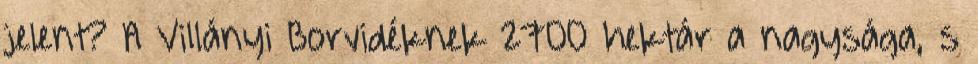
jelent? A Villányi Borvidéknek 2700 hektár a nagysága, s